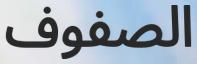
الصفوف